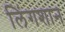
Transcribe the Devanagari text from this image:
लिंगशान